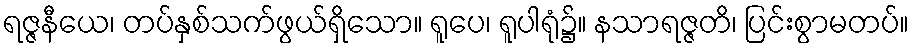
ရဇ္ဇနီယေ၊ တပ်နှစ်သက်ဖွယ်ရှိသော။ ရူပေ၊ ရူပါရုံ၌။ နသာရဇ္ဇတိ၊ ပြင်းစွာမတပ်။